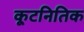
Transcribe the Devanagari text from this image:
कूटनितिक